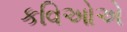
કવિઓએ